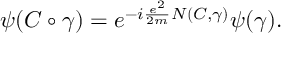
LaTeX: \psi ( { \cal C } \circ \gamma ) = e ^ { - i \frac { e ^ { 2 } } { 2 m } N ( { \cal C } , \gamma ) } \psi ( \gamma ) .